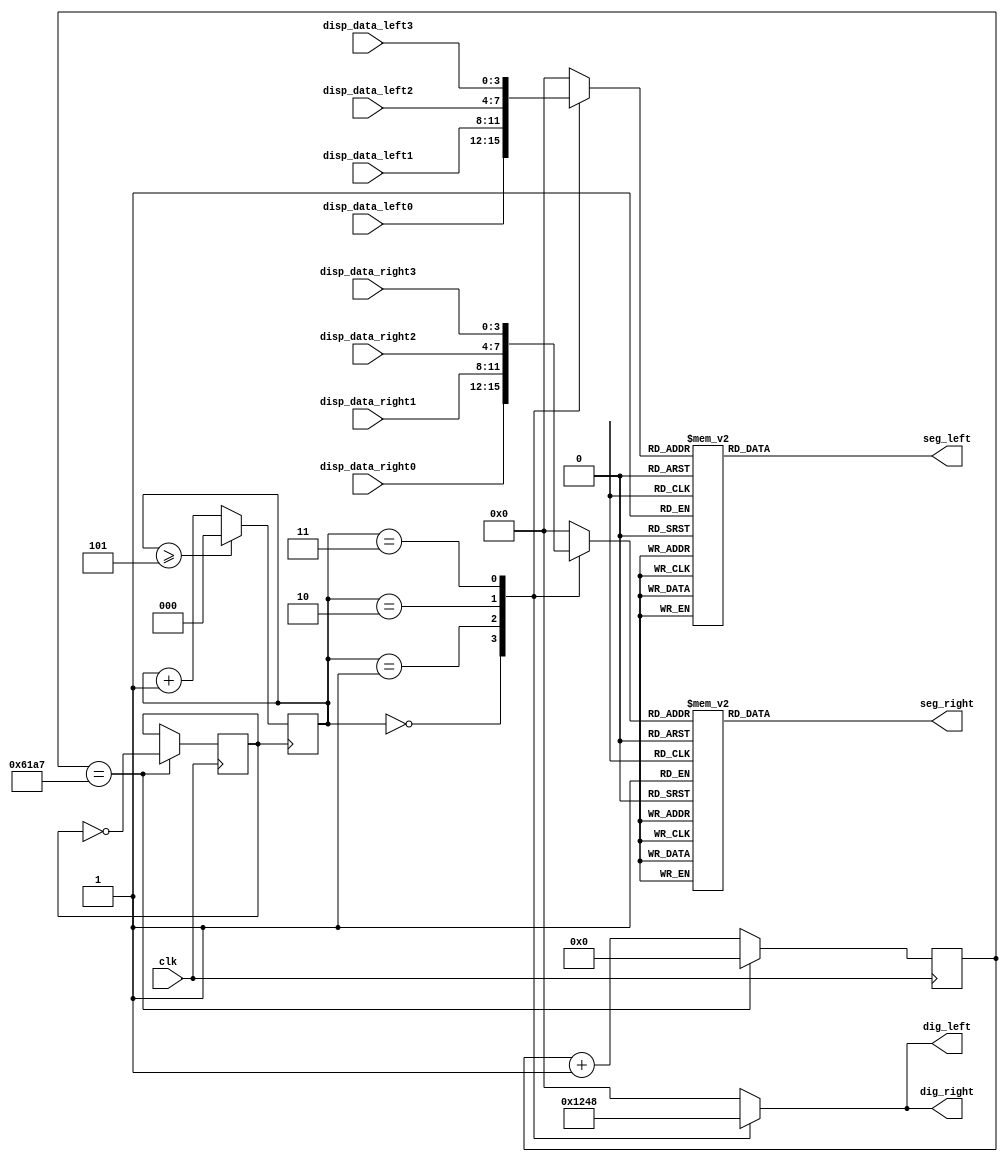
`timescale 1ns / 1ps
//////////////////////////////////////////////////////////////////////////////////
// Company: 
// Engineer: 
// 
// Design Name: 
// Module Name: dyLED
// Project Name: 
// Target Devices: 
// Tool Versions: 
// Description: 
// 
// Dependencies: 
// 
// Revision:
// Revision 0.01 - File Created
// Additional Comments:
// 
//////////////////////////////////////////////////////////////////////////////////


//
module dynaLED(disp_data_right0,disp_data_right1,disp_data_right2,disp_data_right3,
               disp_data_left0,disp_data_left1,disp_data_left2,disp_data_left3,
               clk,seg_right,dig_right,seg_left,dig_left);
    input [3:0] disp_data_right0;
    input [3:0] disp_data_right1;
    input [3:0] disp_data_right2;
    input [3:0] disp_data_right3;
    input [3:0] disp_data_left0;
    input [3:0] disp_data_left1;
    input [3:0] disp_data_left2;
    input [3:0] disp_data_left3;
    
    input clk;
    output reg [7:0] seg_right;
    output reg [3:0] dig_right;
    output reg [7:0] seg_left;
    output reg [3:0] dig_left;
	
	//1KHz
	reg [24:0] clock_divider_cnt=0;
	reg clock_divider=0;
	always@(posedge clk)
	begin
		if (clock_divider_cnt==24999)
		begin
			clock_divider=~(clock_divider);
			clock_divider_cnt=0;
		end
		else 
		    clock_divider_cnt=clock_divider_cnt+1;
	end
	//6
	reg [2:0] num=0;
	always@(posedge clock_divider)
	begin
		if (num>=5)
			num=0;
		else
			num=num+1;
	end
	
	//
	always@(num)
	begin	
		case(num)
		0:dig_right=4'b0001;
		1:dig_right=4'b0010;
		2:dig_right=4'b0100;
		3:dig_right=4'b1000;
		default: dig_right=0;
		endcase
	end
	
	always@(num)
	begin	
		case(num)
        0:dig_left=4'b0001;
		1:dig_left=4'b0010;
		2:dig_left=4'b0100;
		3:dig_left=4'b1000;
		default: dig_left=0;
		endcase
	end
	
	//
	reg [3:0] disp_data1=0;
	reg [3:0] disp_data2=0;
	always@(num)
	begin	
		case(num)
		0:disp_data1=disp_data_right0;
		1:disp_data1=disp_data_right1;
		2:disp_data1=disp_data_right2;
		3:disp_data1=disp_data_right3;
        default: disp_data1=0;
		endcase
	end
	
	always@(num)
	begin	
		case(num)
		0:disp_data2=disp_data_left0;
		1:disp_data2=disp_data_left1;
		2:disp_data2=disp_data_left2;
		3:disp_data2=disp_data_left3;
        default: disp_data2=0;
		endcase
	end
	
	//
	always@(disp_data1)
	begin
		case(disp_data1)
		4'h0: seg_right= 8'h3f;// DP,GFEDCBA
		4'h1: seg_right= 8'h06;
		4'h2: seg_right= 8'h5b;
		4'h3: seg_right= 8'h4f;
		4'h4: seg_right= 8'h66;
		4'h5: seg_right= 8'h6d;
		4'h6: seg_right= 8'h7d;
		4'h7: seg_right= 8'h07;
		4'h8: seg_right= 8'h7f;
		4'h9: seg_right= 8'h6f;
		4'ha: seg_right= 8'h77;
		4'hb: seg_right= 8'h7c;
		4'hc: seg_right= 8'h39;
		4'hd: seg_right= 8'h5e;
		4'he: seg_right= 8'h79;
		4'hf: seg_right= 8'h71;
		default: seg_right=0;
		endcase
	end
	
	always@(disp_data2)
	begin
		case(disp_data2)
		4'h0: seg_left=8'h3f;// DP,GFEDCBA
		4'h1: seg_left=8'h06;
		4'h2: seg_left=8'h5b;
		4'h3: seg_left=8'h4f;
		4'h4: seg_left=8'h66;
		4'h5: seg_left=8'h6d;
		4'h6: seg_left=8'h7d;
		4'h7: seg_left=8'h07;
		4'h8: seg_left=8'h7f;
		4'h9: seg_left=8'h6f;
		4'ha: seg_left=8'h77;
		4'hb: seg_left=8'h7c;
		4'hc: seg_left=8'h39;
		4'hd: seg_left=8'h5e;
		4'he: seg_left=8'h79;
		4'hf: seg_left=8'h71;
		default: seg_left=0;
		endcase
	end
endmodule